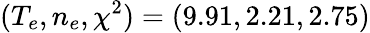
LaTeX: (T_{e},n_{e},\chi^{2})=(9.91,2.21,2.75)